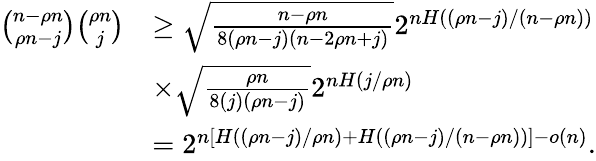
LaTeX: \begin{array}{rl}{{\binom{n-\rho n}{\rho n-j}}{\binom{\rho n}{j}}}&{\geq\sqrt{\frac{n-\rho n}{8(\rho n-j)(n-2\rho n+j)}}2^{n{H((\rho n-j)/(n-\rho n))}}}\\ &{\times\sqrt{\frac{\rho n}{8(j)(\rho n-j)}}2^{n{H(j/\rho n)}}}\\ &{=2^{n[H((\rho n-j)/\rho n)+H((\rho n-j)/(n-\rho n))]-o(n)}.}\end{array}